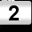
Digit: 2